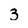
Character: z